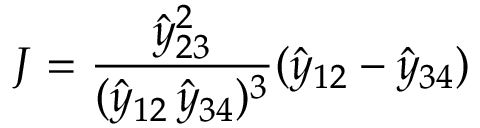
J = \frac { \hat { y } _ { 2 3 } ^ { 2 } } { ( \hat { y } _ { 1 2 } \, \hat { y } _ { 3 4 } ) ^ { 3 } } ( \hat { y } _ { 1 2 } - \hat { y } _ { 3 4 } )